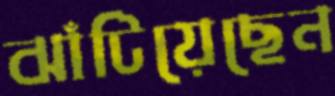
ঝাঁটিয়েছেন